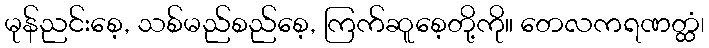
မုန်ညင်းစေ့, သစ်မည်စည်စေ့, ကြက်ဆူစေ့တို့ကို။ တေလကရဏတ္ထံ၊